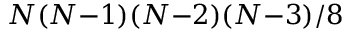
N ( N { - } 1 ) ( N { - } 2 ) ( N { - } 3 ) / 8